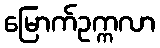
မြောက်ဥက္ကလာ